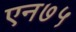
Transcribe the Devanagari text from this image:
एन७५